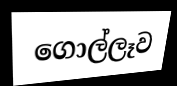
ගොල්ලෑව